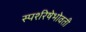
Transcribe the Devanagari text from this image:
स्पर्शरेषेभोवती